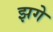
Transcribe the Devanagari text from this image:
झगे